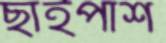
ছাইপাশ